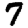
Digit: 7